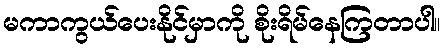
မကာကွယ်ပေးနိုင်မှာကို စိုးရိမ်နေကြတာပါ။